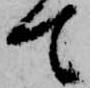
て